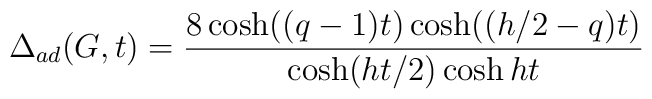
\Delta _{ad}(G,t)=\frac{8\cosh ((q-1)t)\cosh ((h/2-q)t)}{\cosh (ht/2)\cosh ht}